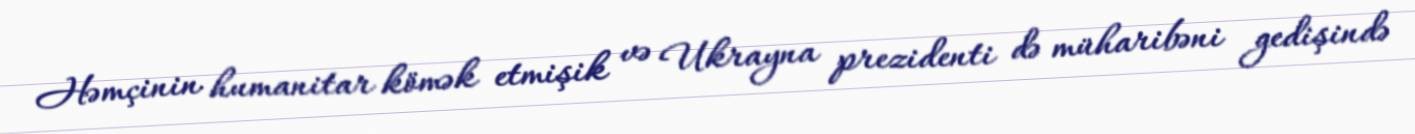
Həmçinin humanitar kömək etmişik və Ukrayna prezidenti də müharibəni gedişində